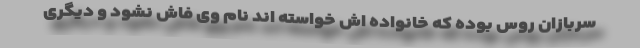
سربازان روس بوده که خانواده اش خواسته اند نام وی فاش نشود و دیگری